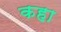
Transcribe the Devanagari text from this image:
कहा